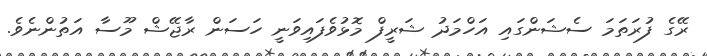
ރޭގެ ފުރަތަމަ ސެޝަންގައި އަހްމަދު ޝަރީފް މޮޅުވެފައިވަނީ ހަސަން ރާޖޭޝް މޫސާ އަތުންނެވެ.